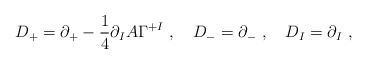
\begin{align*}D_+ = \partial_+ - \frac{1}{4} \partial_I A \Gamma^{+I} ~,~~~D_- = \partial_- ~,~~~D_I = \partial_I ~,\end{align*}